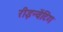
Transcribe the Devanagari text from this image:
रीइन्वेंटिंग